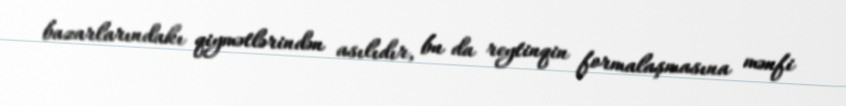
bazarlarındakı qiymətlərindən asılıdır, bu da reytinqin formalaşmasına mənfi